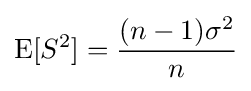
\operatorname {E} [S^{2}]={\frac {(n-1)\sigma ^{2}}{n}}